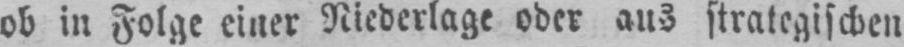
ob in Folge einer Niederlage oder aus strategischen